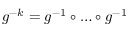
g ^ { - k } = g ^ { - 1 } \circ \dots \circ g ^ { - 1 }